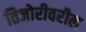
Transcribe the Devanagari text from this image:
तिजोरीवरील